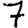
Digit: 7